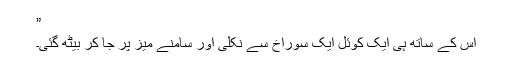
”
اس کے ساتھ ہی ایک کوئل ایک سوراخ سے نکلی اور سامنے میز پر جا کر بیٹھ گئی۔